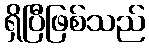
ရှိပြီဖြစ်သည်